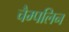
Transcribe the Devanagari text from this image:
चैम्पलिन